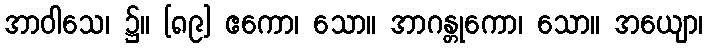
အာဝါသေ၊ ၌။ [၈၉] ဧကော၊ သော။ အာဂန္တုကော၊ သော။ အယျော၊